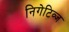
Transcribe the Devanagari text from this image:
निगेटिव्ज